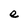
Character: e